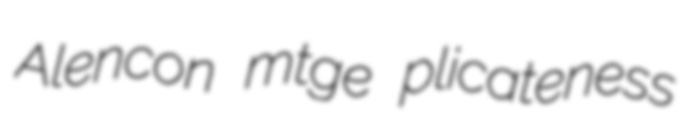
Alencon mtge plicateness